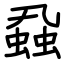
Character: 蝨